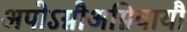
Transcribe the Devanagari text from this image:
अपोऽग्नौअग्निवायौ